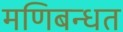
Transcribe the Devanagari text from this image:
मणिबन्धत